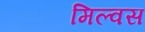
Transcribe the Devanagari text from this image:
मिल्वस